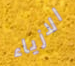
الازياء